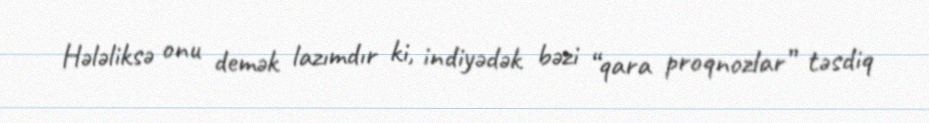
Hələliksə onu demək lazımdır ki, indiyədək bəzi “qara proqnozlar” təsdiq